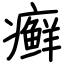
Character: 癣